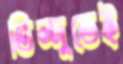
তিন্দুতেই